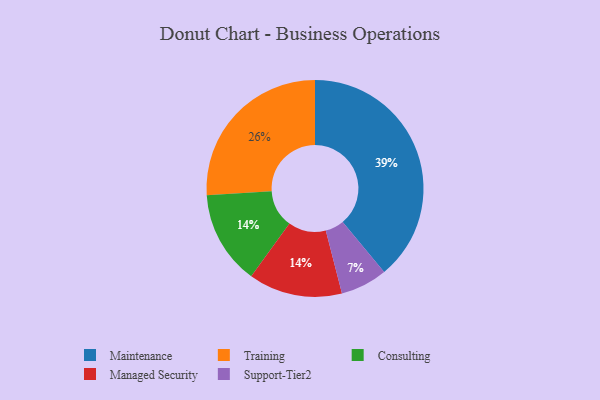
{"axis": {"x": "Category", "y": "Percentage"}, "legend": ["Consulting", "Maintenance", "Managed Security", "Support-Tier2", "Training"], "data": [{"x": "Consulting", "y": 14, "type": "Consulting"}, {"x": "Training", "y": 26, "type": "Training"}, {"x": "Support-Tier2", "y": 7, "type": "Support-Tier2"}, {"x": "Maintenance", "y": 39, "type": "Maintenance"}, {"x": "Managed Security", "y": 14, "type": "Managed Security"}]}